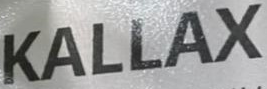
KALLAX